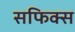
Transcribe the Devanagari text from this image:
सफिक्स